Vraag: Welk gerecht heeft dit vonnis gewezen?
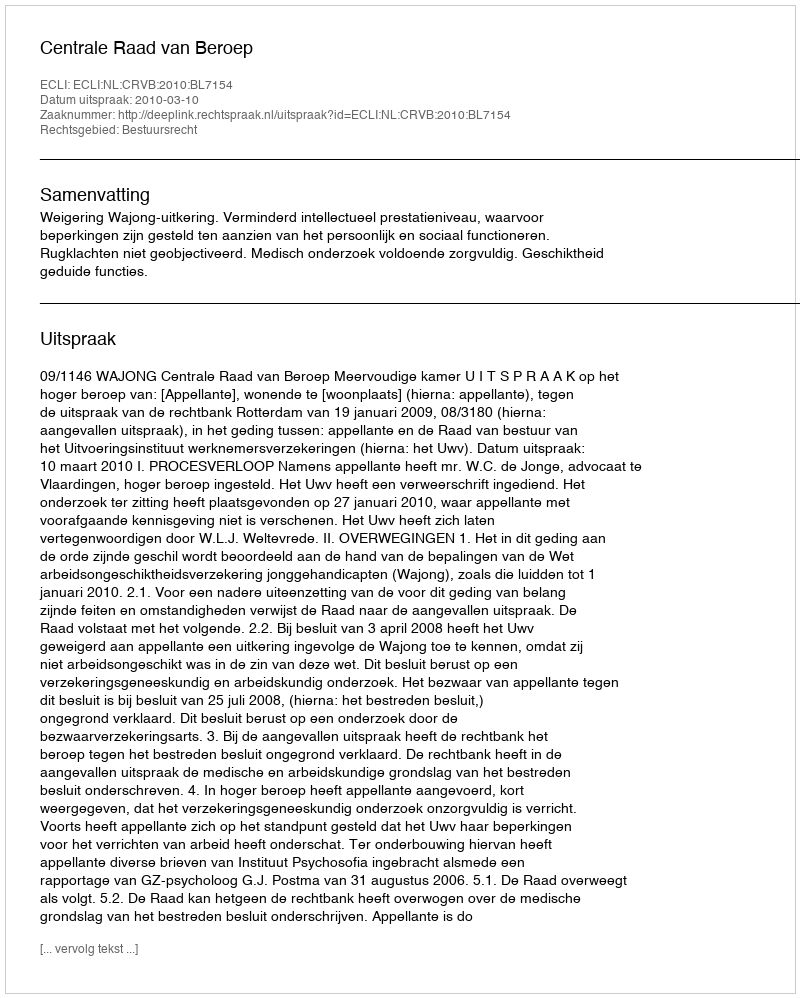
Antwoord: Centrale Raad van Beroep